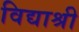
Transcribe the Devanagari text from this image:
विद्याश्री